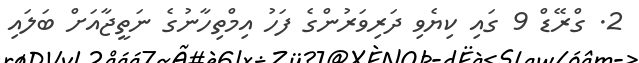
2. ގްރޭޑް 9 ގައި ކިޔެވި ދަރިވަރުންގެ ފަހު އިމްތިހާނުގެ ނަތީޖާއަށް ބަލައި